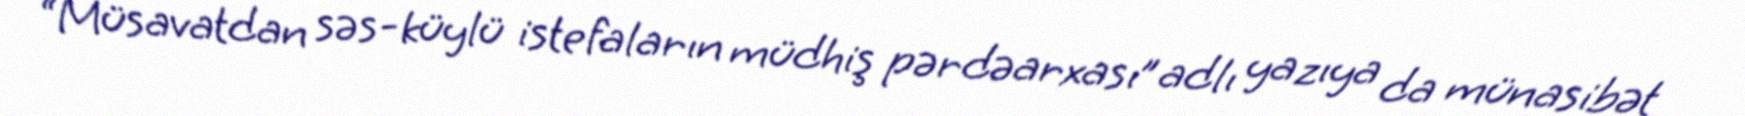
“Müsavatdan səs-küylü istefaların müdhiş pərdəarxası” adlı yazıya da münasibət